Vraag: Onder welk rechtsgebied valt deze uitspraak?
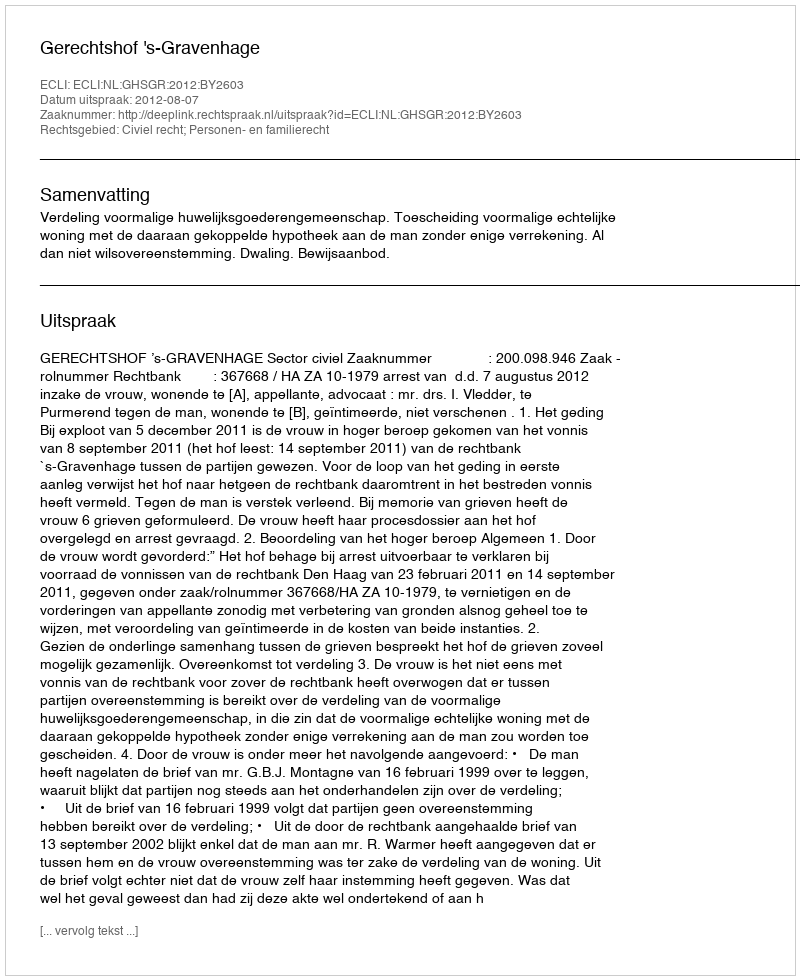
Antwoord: Civiel recht; Personen- en familierecht